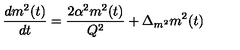
\frac { d m ^ { 2 } ( t ) } { d t } = \frac { 2 \alpha ^ { 2 } m ^ { 2 } ( t ) } { Q ^ { 2 } } + \Delta _ { m ^ { 2 } } m ^ { 2 } ( t )